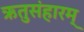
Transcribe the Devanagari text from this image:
ऋतुसंहारम्